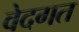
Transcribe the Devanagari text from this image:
वेदगत